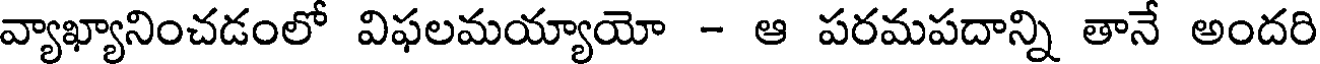
వ్యాఖ్యానించడంలో విఫలమయ్యాయో - ఆ పరమపదాన్ని తానే అందరి